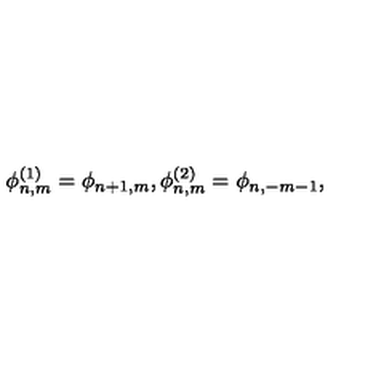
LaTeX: \phi _ { n , m } ^ { ( 1 ) } = \phi _ { n + 1 , m } , \phi _ { n , m } ^ { ( 2 ) } = \phi _ { n , - m - 1 } ,